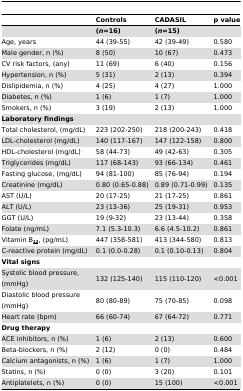
<table><thead><tr><td></td><td><b>Controls</b></td><td><b>CADASIL</b></td><td><b>p value</b></td></tr></thead><tbody><tr><td></td><td><b>(<i>n</i>=16)</b></td><td><b>(<i>n</i>=15)</b></td><td></td></tr><tr><td>Age, years</td><td>44 (39-55)</td><td>42 (39-49)</td><td>0.580</td></tr><tr><td>Male gender, n (%)</td><td>8 (50)</td><td>10 (67)</td><td>0.473</td></tr><tr><td>CV risk factors, (any)</td><td>11 (69)</td><td>6 (40)</td><td>0.156</td></tr><tr><td>Hypertension, n (%)</td><td>5 (31)</td><td>2 (13)</td><td>0.394</td></tr><tr><td>Dislipidemia, n (%)</td><td>4 (25)</td><td>4 (27)</td><td>1.000</td></tr><tr><td>Diabetes, n (%)</td><td>1 (6)</td><td>1 (7)</td><td>1.000</td></tr><tr><td>Smokers, n (%)</td><td>3 (19)</td><td>2 (13)</td><td>1.000</td></tr><tr><td colspan="4"><b>Laboratory findings</b></td></tr><tr><td>Total cholesterol, (mg/dL)</td><td>223 (202-250)</td><td>218 (200-243)</td><td>0.418</td></tr><tr><td>LDL-cholesterol (mg/dL)</td><td>140 (117-167)</td><td>147 (122-158)</td><td>0.800</td></tr><tr><td>HDL-cholesterol (mg/dL)</td><td>58 (44-73)</td><td>49 (42-63)</td><td>0.305</td></tr><tr><td>Triglycerides (mg/dL)</td><td>117 (68-143)</td><td>93 (66-134)</td><td>0.461</td></tr><tr><td>Fasting glucose, (mg/dL)</td><td>94 (81-100)</td><td>85 (76-94)</td><td>0.194</td></tr><tr><td>Creatinine (mg/dL)</td><td>0.80 (0.65-0.88)</td><td>0.89 (0.71-0.99)</td><td>0.135</td></tr><tr><td>AST (U/L)</td><td>20 (17-25)</td><td>21 (17-25)</td><td>0.861</td></tr><tr><td>ALT (U/L)</td><td>23 (13-36)</td><td>25 (19-31)</td><td>0.953</td></tr><tr><td>GGT (U/L)</td><td>19 (9-32)</td><td>23 (13-44)</td><td>0.358</td></tr><tr><td>Folate (ng/mL)</td><td>7.1 (5.3-10.3)</td><td>6.6 (4.5-10.2)</td><td>0.861</td></tr><tr><td>Vitamin B<sub><b><underline>12</underline></b></sub>, (pg/mL)</td><td>447 (358-581)</td><td>413 (344-580)</td><td>0.813</td></tr><tr><td>C-reactive protein (mg/dL)</td><td>0.1 (0.0-0.28)</td><td>0.1 (0.10-0.13)</td><td>0.804</td></tr><tr><td colspan="4"><b>Vital signs</b></td></tr><tr><td>Systolic blood pressure, (mmHg)</td><td>132 (125-140)</td><td>115 (110-120)</td><td>&lt;0.001</td></tr><tr><td>Diastolic blood pressure (mmHg)</td><td>80 (80-89)</td><td>75 (70-85)</td><td>0.098</td></tr><tr><td>Heart rate (bpm)</td><td>66 (60-74)</td><td>67 (64-72)</td><td>0.771</td></tr><tr><td colspan="4"><b>Drug therapy</b></td></tr><tr><td>ACE inhibitors, n (%)</td><td>1 (6)</td><td>2 (13)</td><td>0.600</td></tr><tr><td>Beta-blockers, n (%)</td><td>2 (12)</td><td>0 (0)</td><td>0.484</td></tr><tr><td>Calcium antagonists, n (%)</td><td>1 (6)</td><td>1 (7)</td><td>1.000</td></tr><tr><td>Statins, n (%)</td><td>0 (0)</td><td>3 (20)</td><td>0.101</td></tr><tr><td>Antiplatelets, n (%)</td><td>0 (0)</td><td>15 (100)</td><td>&lt;0.001</td></tr></tbody></table>